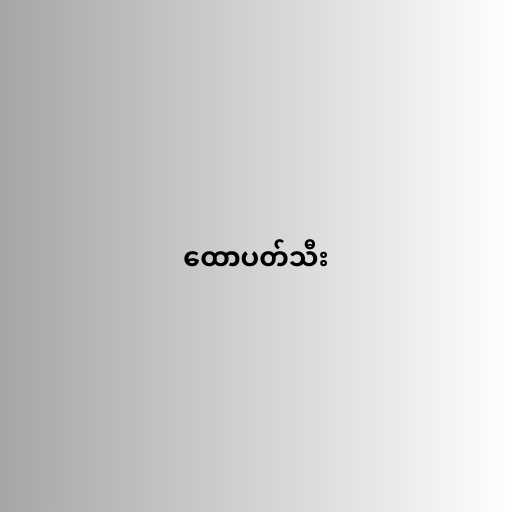
ထောပတ်သီး